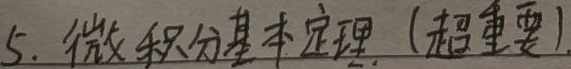
5. 微积分基本定理. (超重要)